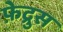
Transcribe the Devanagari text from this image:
फ़ेद्रुस